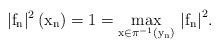
LaTeX: \begin{align*}\mathrm{\vert f_{n}\vert^{2}\left(x_{n}\right)=1=\underset{x\in\pi^{-1}\left(y_{n}\right)}{max}\,\left|f_{n}\right|^{2}}.\end{align*}